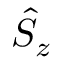
\hat { S } _ { z }